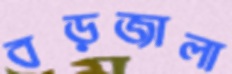
বড়জালা